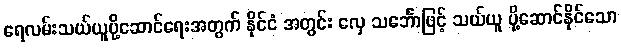
ရေလမ်းသယ်ယူပို့ဆောင်ရေးအတွက် နိုင်ငံ အတွင်း လှေ သင်္ဘောဖြင့် သယ်ယူ ပို့ဆောင်နိုင်သော